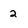
Character: 2